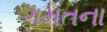
ગમતના